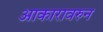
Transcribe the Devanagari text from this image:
आकारावरुन